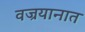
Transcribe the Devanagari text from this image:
वज्रयानात